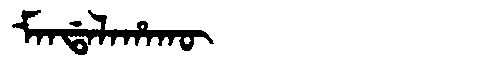
Manchu: ᠮᠠᠨᡩᠠᠯᠠᡥᠠᡴᡡ
Romanization: MANDALAHAKŪ